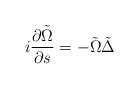
LaTeX: \begin{align*}i\frac{\partial\tilde{\Omega}}{\partial s}=-\tilde{\Omega}\tilde{\Delta}\end{align*}